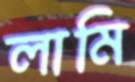
লামি